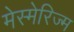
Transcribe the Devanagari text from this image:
मेस्मेरिज्म